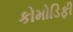
કોમોડિફી